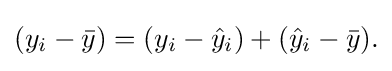
{\begin{aligned}(y_{i}-{\bar {y}})=(y_{i}-{\hat {y}}_{i})+({\hat {y}}_{i}-{\bar {y}}).\end{aligned}}